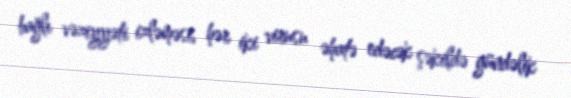
bağlı vəziyyəti izləməsi, hər iki virusu əhatə edəcək şəkildə gündəlik